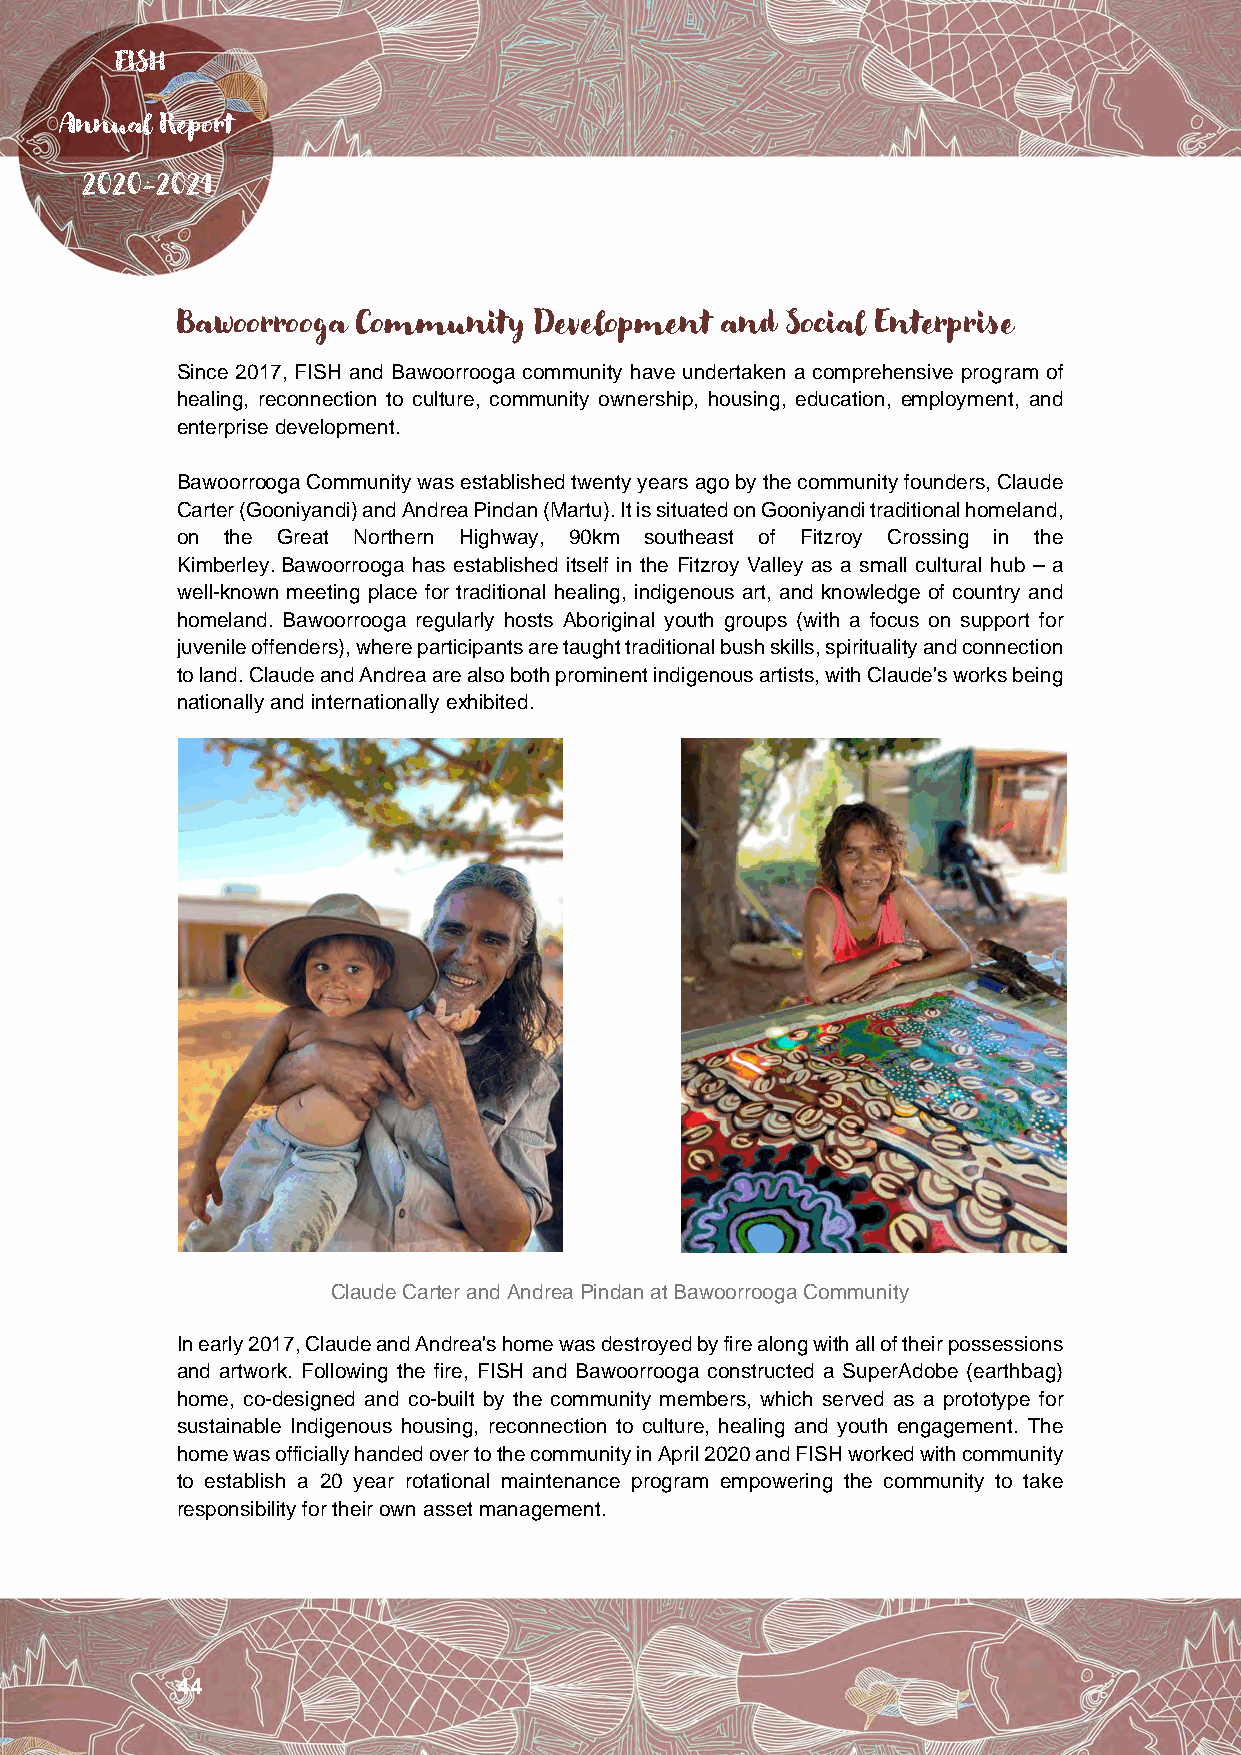
FISH
 Annual Report
 2020-2021
 Bawoorrooga Community   Development and Social Enterprise
 Since 2017, FISH and Bawoorrooga community have undertaken a comprehensive program of
 healing, reconnection to culture, community ownership, housing, education, employment, and
 enterprise development.
 Bawoorrooga Community was established twenty years ago by the community founders, Claude
 Carter (Gooniyandi) and Andrea Pindan (Martu). It is situated on Gooniyandi traditional homeland,
 on the Great Northern Highway, 90km southeast of Fitzroy Crossing in the
 Kimberley. Bawoorrooga has established itself in the Fitzroy Valley as a small cultural hub – a
 well-known meeting place for traditional healing, indigenous art, and knowledge of country and
 homeland. Bawoorrooga regularly hosts Aboriginal youth groups (with a focus on support for
 juvenile offenders), where participants are taught traditional bush skills, spirituality and connection
 to land. Claude and Andrea are also both prominent indigenous artists, with Claude's works being
 nationally and internationally exhibited.
 Claude Carter and Andrea Pindan at Bawoorrooga Community
 In early 2017, Claude and Andrea's home was destroyed by fire along with all of their possessions
 and artwork. Following the fire, FISH and Bawoorrooga constructed a SuperAdobe (earthbag)
 home, co-designed and co-built by the community members, which served as a prototype for
 sustainable Indigenous housing, reconnection to culture, healing and youth engagement. The
 home was officially handed over to the community in April 2020 and FISH worked with community
 to establish a 20 year rotational maintenance program empowering the community to take
 responsibility for their own asset management.
 44